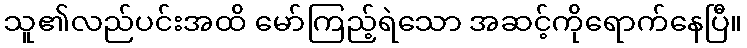
သူ၏လည်ပင်းအထိ မော်ကြည့်ရဲသော အဆင့်ကိုရောက်နေပြီ။